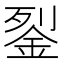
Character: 銐